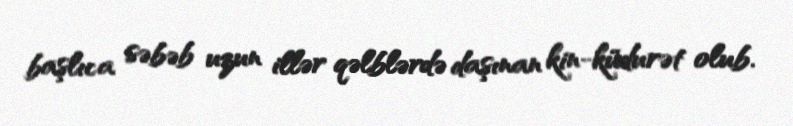
başlıca səbəb uzun illər qəlblərdə daşınan kin-küdurət olub.